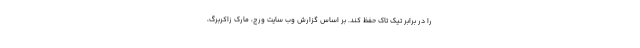
را در برابر تیک تاک حفظ کند. بر اساس گزارش وب سایت ورج، مارک زاکربرگ،